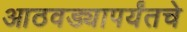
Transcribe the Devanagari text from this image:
आठवड्यापर्यंतचे